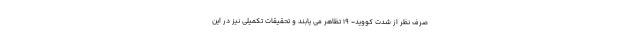
صرف نظر از شدت کووید- 19 تظاهر می یابند و تحقیقات تکمیلی نیز در این